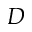
D